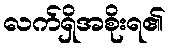
လက်ရှိအစိုးရ၏